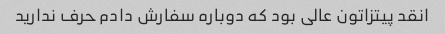
انقد پیتزاتون عالی بود که دوباره سفارش دادم حرف ندارید